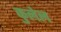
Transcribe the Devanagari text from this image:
कुलेल